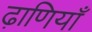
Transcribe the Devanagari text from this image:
ढ़ाणियाँ